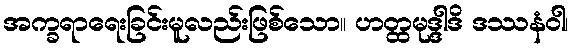
အက္ခရာရေးခြင်းမူလည်းဖြစ်သော။ ဟတ္ထမုဒ္ဒါဒိ ဒဿနံဝါ၊